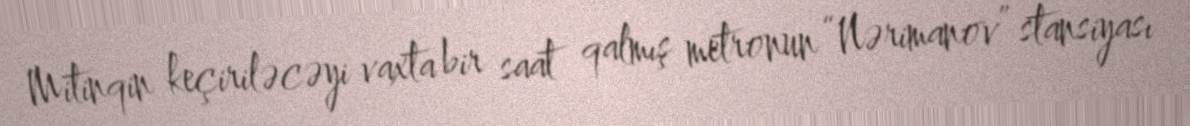
Mitinqin keçiriləcəyi vaxta bir saat qalmış metronun “Nərimanov” stansiyası